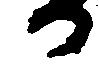
か